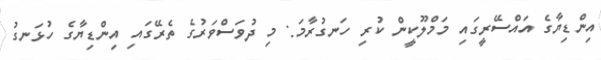
އިންޑިޔާގެ އައްސޭރީގައި މަމްލޫކީން ކުރި ހަނގުރާމަ: މި ދުވަސްވަރުގެ ތެރޭގައި އިންޑިޔާގެ ހުޅަނގު